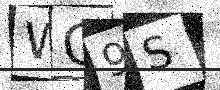
Text: WQ9S